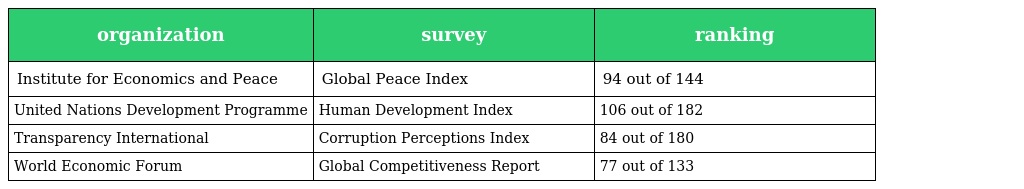
| organization | survey | ranking |
 | --- | --- | --- |
 | Institute for Economics and Peace | Global Peace Index | 94 out of 144 |
 | United Nations Development Programme | Human Development Index | 106 out of 182 |
 | Transparency International | Corruption Perceptions Index | 84 out of 180 |
 | World Economic Forum | Global Competitiveness Report | 77 out of 133 |